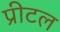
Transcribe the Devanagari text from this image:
प्रीटल